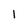
Character: I